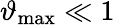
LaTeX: \vartheta_{\mathrm{max}}\ll 1